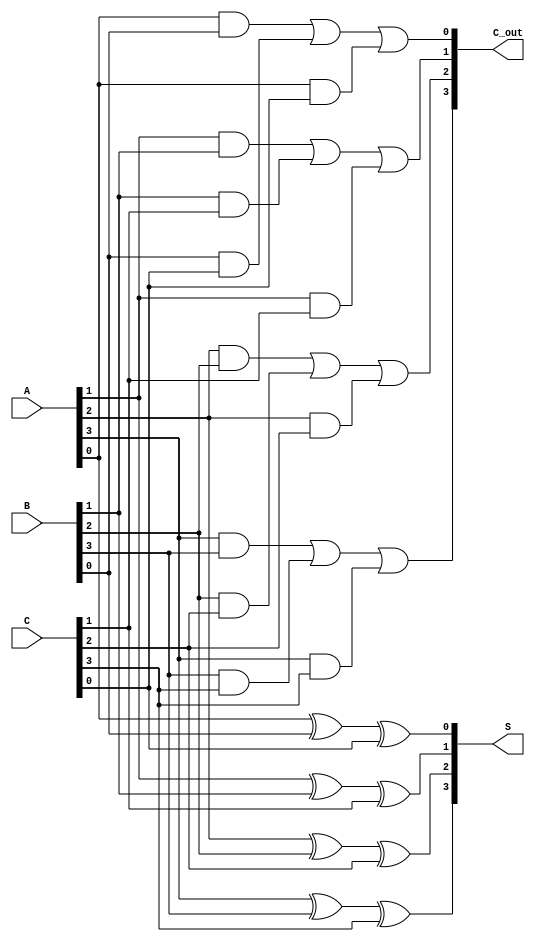
module carry_save_adder #(parameter N = 4) (
    input  [N-1:0] A,   // First operand
    input  [N-1:0] B,   // Second operand
    input  [N-1:0] C,   // Third operand
    output [N-1:0] S,   // Sum output
    output [N-1:0] C_out // Carry output
);

    // Intermediate wires for sum and carry
    wire [N-1:0] sum;
    wire [N-1:0] carry;

    // Full Adder logic for each bit
    genvar i;
    generate
        for (i = 0; i < N; i = i + 1) begin : full_adder
            // Calculate sum and carry for each bit
            assign sum[i] = A[i] ^ B[i] ^ C[i]; // Sum output
            assign carry[i] = (A[i] & B[i]) | (B[i] & C[i]) | (A[i] & C[i]); // Carry output
        end
    endgenerate

    // Assign the outputs
    assign S = sum;
    assign C_out = carry;

endmodule